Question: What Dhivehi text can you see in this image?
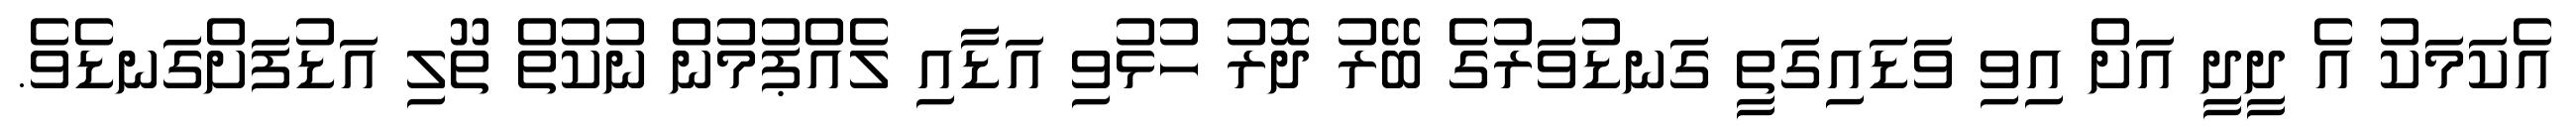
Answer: އެކަމަކު އެ ދީދީ އަށް އިވި ވަޑައިގަތީ ގަނޑުވަރުގެ ބޭރު ދޮރު ހުޅުވި އަޑާއި ލެއްޕުމުން ނުކުތް ތޫލި އަޑުފަށްގަނޑެވެ.